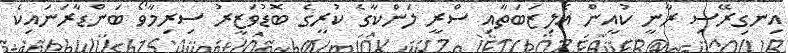
އިނގިރޭސި ރާނީ ކުއީން އެލިޒަބަތާއި ސްރީ ލަންކާގެ ކުރީގެ ބޮޑުވަޒީރު ސިރިމާވޯ ބަންޑާރަނައިކެ